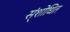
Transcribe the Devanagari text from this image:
स्ंशोधित